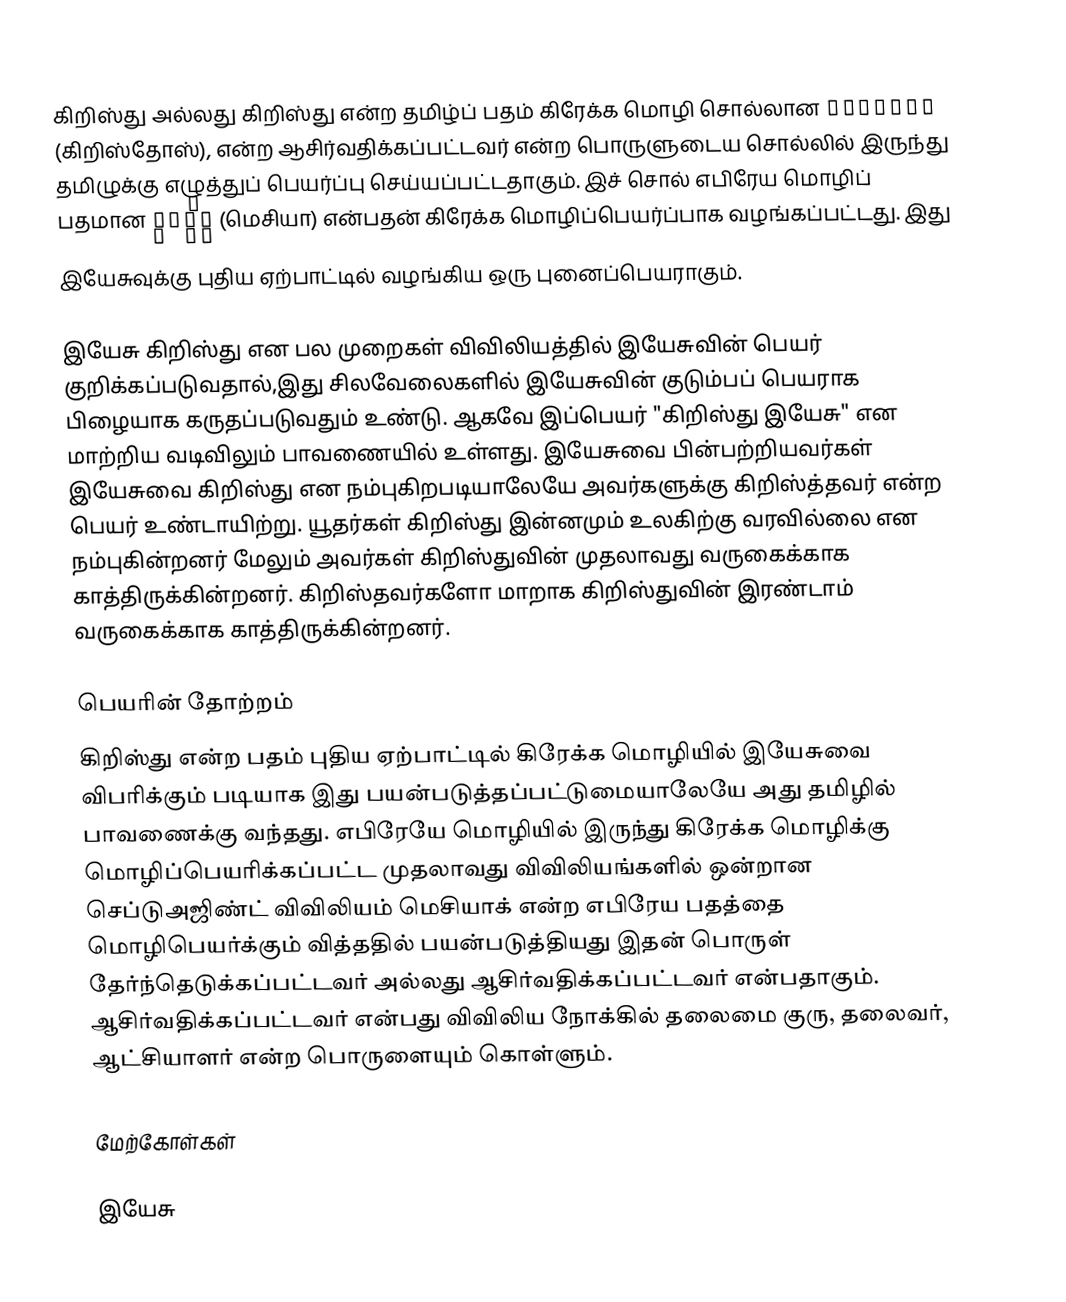
கிறிஸ்து அல்லது கிறிஸ்து என்ற தமிழ்ப் பதம் கிரேக்க மொழி சொல்லான Χριστός (கிறிஸ்தோஸ்), என்ற ஆசிர்வதிக்கப்பட்டவர் என்ற பொருளுடைய சொல்லில் இருந்து தமிழுக்கு எழுத்துப் பெயர்ப்பு செய்யப்பட்டதாகும். இச் சொல் எபிரேய மொழிப் பதமான  מָשִׁיחַ  (மெசியா) என்பதன் கிரேக்க மொழிப்பெயர்ப்பாக வழங்கப்பட்டது. இது இயேசுவுக்கு புதிய ஏற்பாட்டில் வழங்கிய ஒரு புனைப்பெயராகும்.

இயேசு கிறிஸ்து என பல முறைகள் விவிலியத்தில் இயேசுவின் பெயர் குறிக்கப்படுவதால்,இது சிலவேலைகளில் இயேசுவின் குடும்பப் பெயராக பிழையாக கருதப்படுவதும் உண்டு. ஆகவே இப்பெயர் "கிறிஸ்து இயேசு" என மாற்றிய வடிவிலும் பாவணையில் உள்ளது. இயேசுவை பின்பற்றியவர்கள் இயேசுவை கிறிஸ்து என நம்புகிறபடியாலேயே அவர்களுக்கு கிறிஸ்த்தவர் என்ற பெயர் உண்டாயிற்று. யூதர்கள் கிறிஸ்து இன்னமும் உலகிற்கு வரவில்லை என நம்புகின்றனர் மேலும் அவர்கள் கிறிஸ்துவின் முதலாவது வருகைக்காக காத்திருக்கின்றனர். கிறிஸ்தவர்களோ மாறாக கிறிஸ்துவின் இரண்டாம் வருகைக்காக காத்திருக்கின்றனர்.

பெயரின் தோற்றம்
கிறிஸ்து என்ற பதம் புதிய ஏற்பாட்டில் கிரேக்க மொழியில் இயேசுவை விபரிக்கும் படியாக இது பயன்படுத்தப்பட்டுமையாலேயே அது தமிழில் பாவணைக்கு வந்தது. எபிரேயே மொழியில் இருந்து கிரேக்க மொழிக்கு மொழிப்பெயரிக்கப்பட்ட முதலாவது விவிலியங்களில் ஒன்றான செப்டுஅஜிண்ட் விவிலியம் மெசியாக் என்ற எபிரேய பதத்தை மொழிபெயர்க்கும் வித்ததில் பயன்படுத்தியது இதன் பொருள் தேர்ந்தெடுக்கப்பட்டவர் அல்லது ஆசிர்வதிக்கப்பட்டவர் என்பதாகும். ஆசிர்வதிக்கப்பட்டவர் என்பது விவிலிய நோக்கில் தலைமை குரு, தலைவர், ஆட்சியாளர் என்ற பொருளையும் கொள்ளும்.

மேற்கோள்கள்

இயேசு